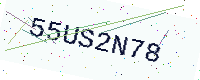
Text: 55US2N78